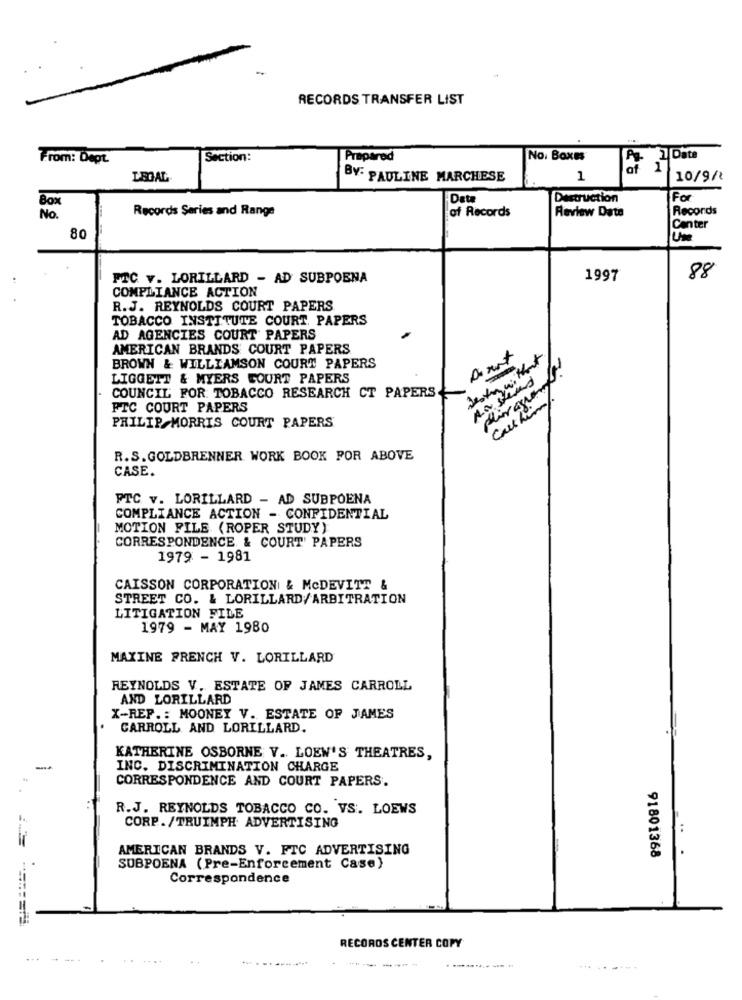
RECORDS TRANSFER LIST
From: Dept.
Section:
Prepared
No. Boxes
1 Date
of 1
LEGAL
BY: PAULINE MARCHESE
1
10/9/
Data
Destruction
For
Records Series and Range
of Records
Review Date
Records
No.
Canter
80
FTC v. LORILLARD - AD SUBPOENA
1997
88
COMPLIANCE ACTION
R.J. REYNOLDS COURT PAPERS
TOBACCO INSTITUTE COURT. PAPERS
AD AGENCIES COURT PAPERS
AMERICAN BRANDS COURT PAPERS
BROWN & WILLIAMSON COURT PAPERS
LIGGETT & MYERS COURT PAPERS
plus grand
COUNCIL FOR TOBACCO RESEARCH CT PAPERS
Cars him/
FTC COURT PAPERS
PHILIP MORRIS COURT PAPERS
R.S.GOLDBRENNER WORK BOOK POR ABOVE
CASE.
FTC v. LORILLARD - AD SUBPOENA
COMPLIANCE ACTION - CONFIDENTIAL
MOTION FILE (ROPER STUDY)
CORRESPONDENCE & COURT' PAPERS
1979 - 1981
CAISSON CORPORATION & MCDEVITT &
STREET CO. & LORILLARD/ARBITRATION
LITIGATION FILE
1979 - MAY 1980
MAXINE FRENCH V. LORILLARD
REYNOLDS V. ESTATE OF JAMES CARROLL
AND LORILLARD
X-REF .: MOONEY V. ESTATE OF JAMES
CARROLL AND LORILLARD.
KATHERINE OSBORNE V. LOEW'S THEATRES,
INC. DISCRIMINATION CHARGE
CORRESPONDENCE AND COURT PAPERS.
R.J. REYNOLDS TOBACCO CO. VS. LOEWS
CORP./TRUIMPH ADVERTISING
AMERICAN BRANDS V. FTC ADVERTISING
91801368
SUBPOENA (Pre-Enforcement Case)
Correspondence
RECORDS CENTER COPY
---